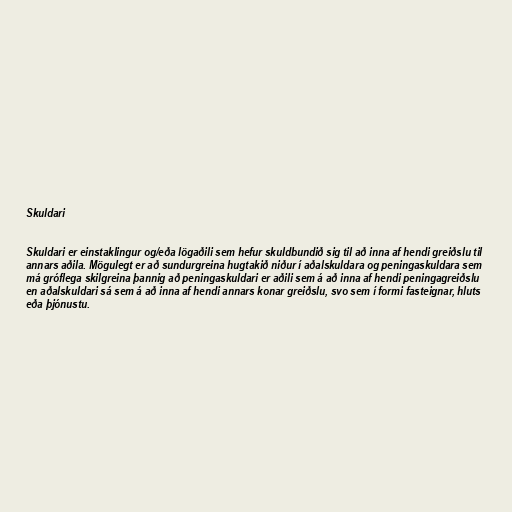
Skuldari

Skuldari er einstaklingur og/eða lögaðili sem hefur skuldbundið sig til að inna af hendi greiðslu til
annars aðila. Mögulegt er að sundurgreina hugtakið niður í aðalskuldara og peningaskuldara sem
má gróflega skilgreina þannig að peningaskuldari er aðili sem á að inna af hendi peningagreiðslu
en aðalskuldari sá sem á að inna af hendi annars konar greiðslu, svo sem í formi fasteignar, hluts
eða þjónustu.